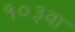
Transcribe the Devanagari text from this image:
१०३वा